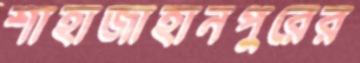
শাহাজাহানপুরের